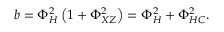
b = \Phi _ { H } ^ { 2 } \left( 1 + \Phi _ { X Z } ^ { 2 } \right) = \Phi _ { H } ^ { 2 } + \Phi _ { H C } ^ { 2 } .